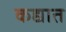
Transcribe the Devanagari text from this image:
कद्यात